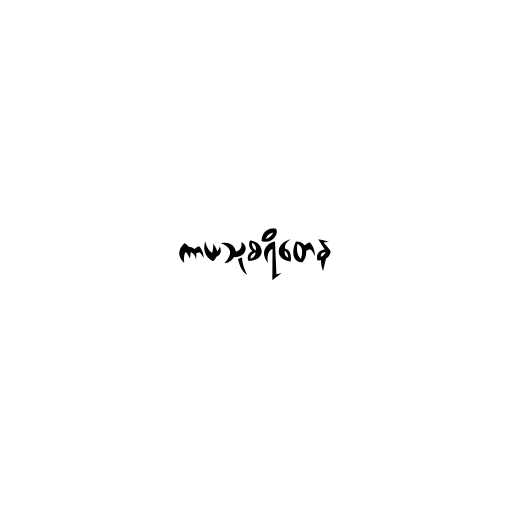
ကာယသုစရိတေန